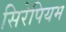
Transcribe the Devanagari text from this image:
सिरेपियम